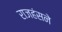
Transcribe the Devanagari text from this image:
राजहंसने